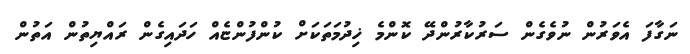
ނަގާފަ އެވަރުން ނުވެގެން ސަރުކާރުންދޭ ކޮންމެ ޚިދުމަތަކަށް ކުންފުންޏެއް ހަދައިގެން ރައްޔިތުންް އަތުން